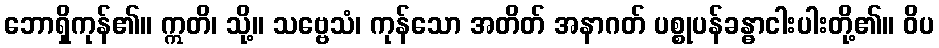
ဘောရှိကုန်၏။ ဣတိ၊ သို့။ သဗ္ဗေသံ၊ ကုန်သော အတိတ် အနာဂတ် ပစ္စုပန်ခန္ဓာငါးပါးတို့၏။ ဝိပ